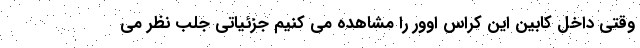
وقتی داخل کابین این کراس اوور را مشاهده می کنیم جزئیاتی جلب نظر می